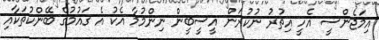
އިމަޖެންސީ އެހީ އިތުރު ނުކުރަން އީސީބީން ނިންމުމާ އެކު އެ ގައުމުގެ ބޭންކުތަކާއި